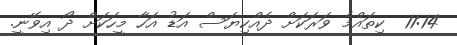
11:14  ކިތައްމެ ވަރަކަށް ދެއްކިޔަސް އަޑު އަހާ މީހަކަށް ދޯ އިވޭނީ.